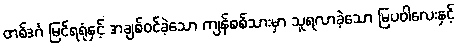
တစ်ဒင်္ဂ မြင်ရရုံနှင့် အချစ်ဝင်ခဲ့သော ကျန်စစ်သားမှာ သူရလာခဲ့သော မြပဝါလေးနှင့်